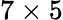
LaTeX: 7\times 5